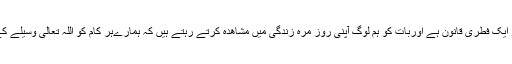
وسیلہ کی تلاش خدا کا بنایا ہو ایک فطری قانون ہے اوربات کو ہم لوگ آپنی روز مرہ زندگی میں مشاھدہ کرتے رہتے ہیں کہ ہمارےہر کام کو اللہ تعالی وسیلے کے ذریع سے ہی انجام دیتا ہیں۔